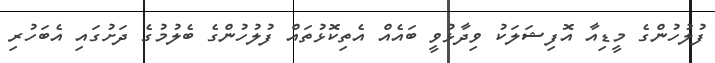
ފުލުހުންގެ މީޑިއާ އޮފިޝަލަކު ވިދާޅުވީ ބައެއް އެތިކޮޅުތައް ފުލުހުންގެ ބެލުމުގެ ދަށުގައި އެބަހުރި